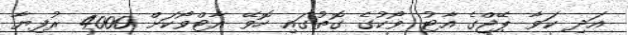
އަދި ކަވާ ޕޭޖްގެ އާޓު ވޯކުގެ ގޮތުގައި ހޮވޭ އާޓްވޯކަށް 4000 ރުފިޔާ